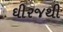
ઘીરજથી